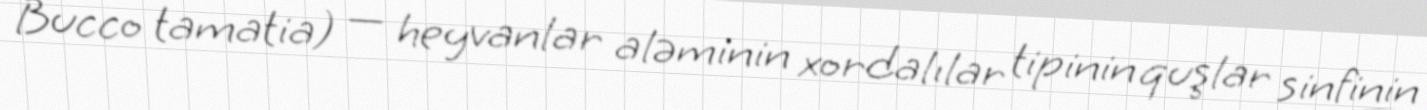
Bucco tamatia) — heyvanlar aləminin xordalılar tipinin quşlar sinfinin